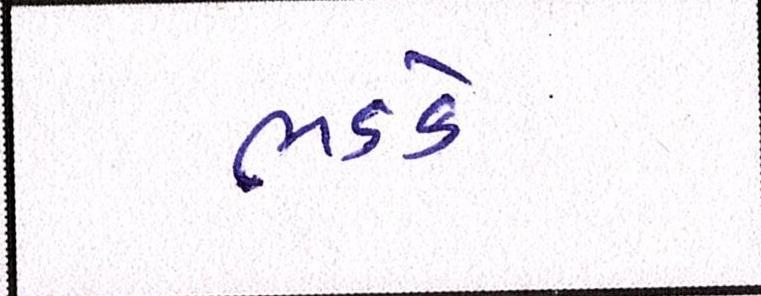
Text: ભડકે